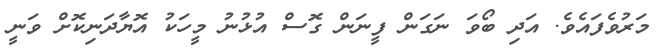
މަރުވެފައެވެ. އަދި ބޯވަ ނަގަން ފީނަން ގޮސް އުޅުނު މީހަކު އޮޔާދަނިކޮށް ވަނީ